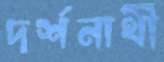
দর্শনার্থী